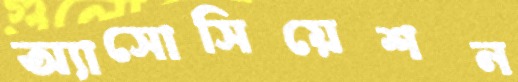
অ্যাসোসিয়েশন